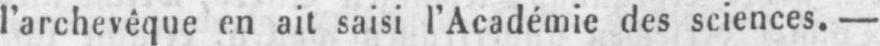
l’archevêque en ait saisi l’Académie des sciences. -